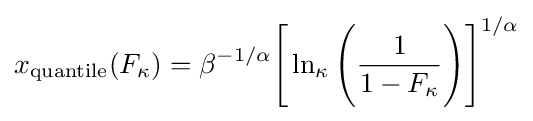
x_{\textrm {quantile}}(F_{\kappa })=\beta ^{-1/\alpha }{\Bigg [}\ln _{\kappa }{\Bigg (}{\frac {1}{1-F_{\kappa }}}{\Bigg )}{\Bigg ]}^{1/\alpha }